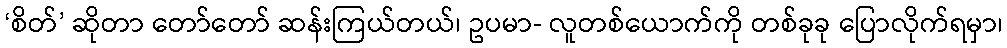
‘စိတ်’ ဆိုတာ တော်တော် ဆန်းကြယ်တယ်၊ ဥပမာ- လူတစ်ယောက်ကို တစ်ခုခု ပြောလိုက်ရမှာ၊